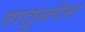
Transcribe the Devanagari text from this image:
शत्रुप्रदेश